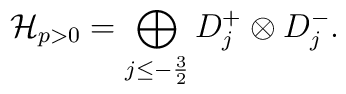
\mathcal{H}_{p>0} = \bigoplus_{j\leq -\frac{3}{2}} D^+_j \otimes D^-_j.